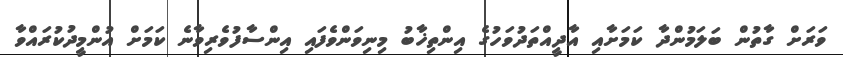
ވަރަށް ގާތުން ބަލަމުންދާ ކަމަށާއި އާދީއްތަދުވަހުގެ އިންތިޚާބު މިނިވަންވެފައި އިންސާފުވެރިވާނެ ކަމަށް އުންމީދުކުރައްވާ